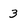
Character: 3